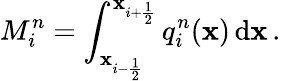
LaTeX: M_{i}^{n}=\int_{\mathbf{x}_{i-\frac{{1}}{{2}}}}^{\mathbf{x}_{i+\frac{{1}}{{2}}}}q_{i}^{n}(\mathbf{x})\, \mathrm{{d}}\mathbf{x}\, .